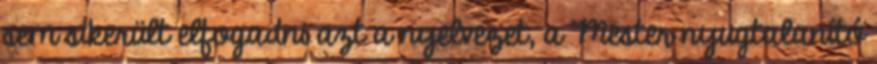
sem sikerült elfogadni azt a nyelvezet, a Mester nyugtalanító